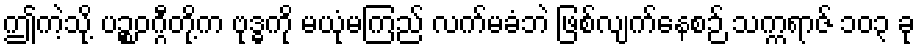
ဤကဲ့သို့ ပဉ္စဝဂ္ဂီတို့က ဗုဒ္ဓကို မယုံမကြည် လက်မခံဘဲ ဖြစ်လျက်နေစဉ် သက္ကရာဇ် ၁၀၃ ခု